Vaccination in Burma 1920-1933 - 1920-1933
Year: 1920
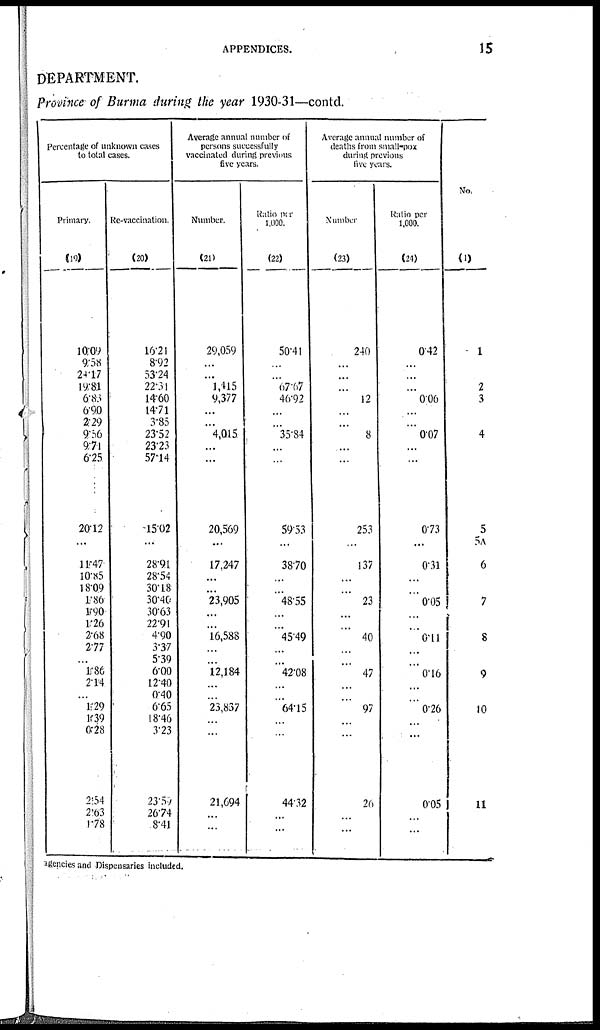
APPENDICES.
15
DEPARTMENT.
Province of Burma during the year 1930-31—contd.
Percentage of unknown cases
to total cases.
Primary.
(19)
10.09
9.58
24.17
19.81
6.83
6.90
2.29
9.56
9.71
6.25
20.12
...
11.47
10.85
18.09
1.86
1.90
1.26
2.68
2.77
...
1.86
2.14
...
1.29
10.39
0.28
2.54
2.63
1.78
Re-vaccination.
(20)
16.21
8.92
53.24
22.31
14.60
14.71
3.85
23.52
23.23
57.14
15.02
...
28.91
28.54
30.18
30.40
30.63
22.91
4.90
3.37
5.39
6.00
12.40
0.40
6.65
18.46
3.23
23.59
26.74
8.41
Average annual number of
persons successfully
vaccinated during previous
five years.
Number.
(21)
29,059
...
...
1,415
9,377
...
...
4,015
...
...
20,569
...
17,247
...
...
23,905
...
...
16,588
...
...
12,184
...
...
23,837
...
...
21,694
...
...
Ratio per
1,000.
(22)
50.41
...
...
67.67
46.92
...
...
35.84
...
...
59.53
...
38.70
...
...
48.55
...
...
45.49
...
...
42.08
...
...
64.15
...
...
44.32
...
...
Average annual number of
deaths from small-pox
during previous
five years.
Number
(23)
240
...
...
...
12
...
...
8
...
...
253
...
137
...
...
23
...
...
40
...
...
47
...
...
97
...
...
26
...
...
Ratio per
1,000.
(24)
0.42
...
...
...
0.06
...
...
0.07
...
...
0.73
...
0.31
...
...
0.05
...
...
0.11
...
...
0.16
... ...
0.26
...
...
0.05
...
...
No.
(1)
1
2
3
4
5
5A
6
7
8
9
10
11
agencies and Dispensaries included.